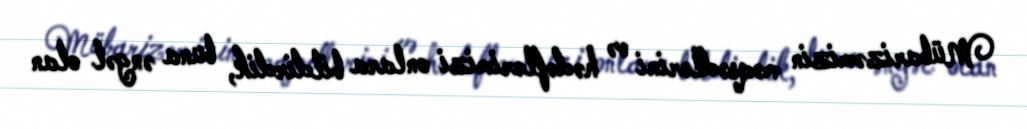
Mübarizəmizin məqsədlərini və hədəflərimizi onlara bildirdik, buna əngəl olan